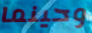
وحينما